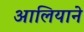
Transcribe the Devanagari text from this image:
आलियाने